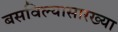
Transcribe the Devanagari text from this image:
बसविल्यासारख्या